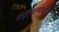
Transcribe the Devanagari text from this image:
मरुत्तस्यावसन्